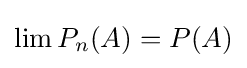
\lim P_{n}(A)=P(A)